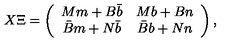
X \Xi = \left( \begin{array} { c c } { M m + B \bar { b } } & { M b + B n } \\ { \bar { B } m + N \bar { b } } & { \bar { B } b + N n } \\ \end{array} \right) ,